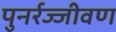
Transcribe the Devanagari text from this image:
पुनर्रज्जीवण